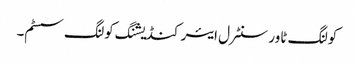
کولنگ ٹاور سنٹرل ایئر کنڈیشنگ کولنگ سسٹم۔